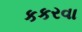
કકરવા